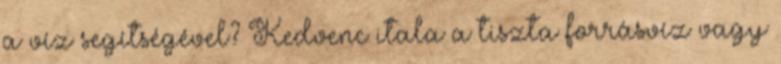
a víz segítségével? Kedvenc itala a tiszta forrásvíz vagy